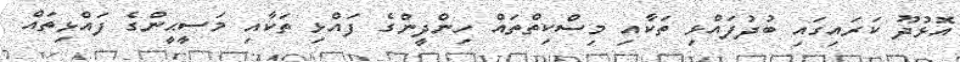
އޮޅުދޫ ކަރައިގައި ބުދުފައްޅި ތަކާއި މިސްކިތްތައް ހިންދީންގެ ފައްޅި ތަކާއި މަސީޙީންގެ ފައްޅިތައް